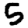
Digit: 5